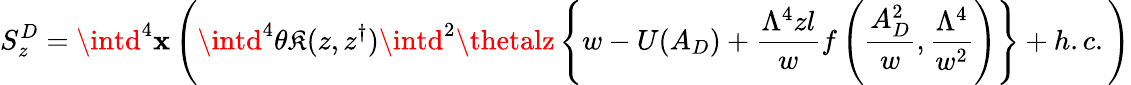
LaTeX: S_{z}^{D}=\intd^{4}\mathbf{x}\left(\intd^{4}\theta\mathfrak{K}(z,z^{\dagger})\intd^{2}\thetalz\left\{ w-U(A_{D})+\frac{{\Lambda^{4}zl}}{{w}}f\left(\frac{{A_{D}^{2}}}{{w}},\frac{{\Lambda^{4}}}{{w^{2}}}\right)\right\} +h.c.\right)